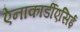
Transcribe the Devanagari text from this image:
ऐनाकार्डीएसिई